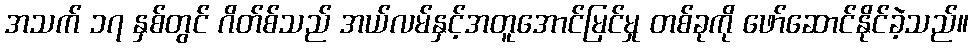
အသက် ၁၇ နှစ်တွင် ဂိတ်စ်သည် အယ်လမ်နှင့်အတူအောင်မြင်မှု တစ်ခုကို ဖော်ဆောင်နိုင်ခဲ့သည်။